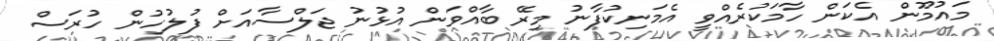
މައުމޫން އެކަން ހާމަކުރެއްވީ އެމަނިކުފާނު މިރޭ ބާއްވަން އުޅުނު ޖަލްސާއަށް ފުލުހުން ހުރަސް